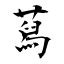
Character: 蕮